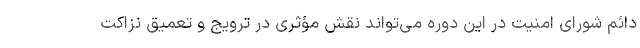
دائم شورای امنیت در این دوره می‌تواند نقش مؤثری در ترویج و تعمیق نزاکت